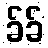
ခ်ခ်